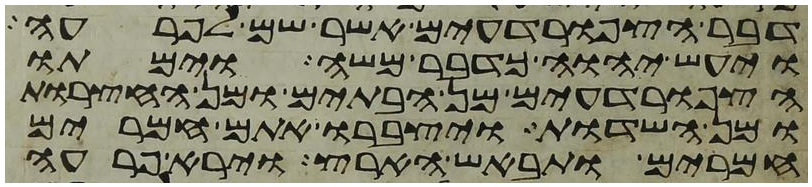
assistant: דבר הצפרדעים אשר שם לפרעה
ויעש יהוה כדבר משה וימתו
הצפרדעים מן הבתים ומן החצרות
ומן השדות ויצברו אתם חמרים
חמרים ותבאש הארץ וירא פרעה